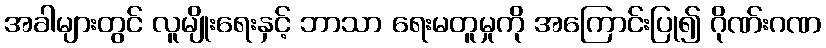
အခါများတွင် လူမျိုးရေးနှင့် ဘာသာ ရေးမတူမှုကို အကြောင်းပြု၍ ဂိုဏ်းဂဏ